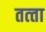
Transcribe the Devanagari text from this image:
तत्‍ता